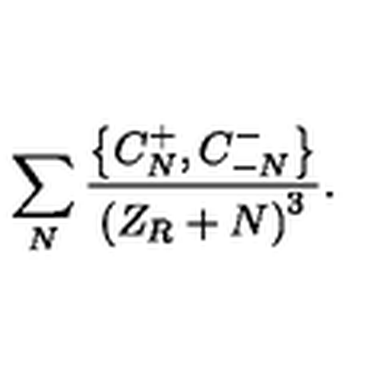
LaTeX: \sum _ { N } { \frac { \left\{ C _ { N } ^ { + } , C _ { - N } ^ { - } \right\} } { \left( Z _ { R } + N \right) ^ { 3 } } } .